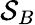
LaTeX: \mathcal{S}_{B}